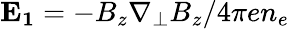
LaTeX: \mathbf{E_{1}}=-B_{z}\mathbf{\nabla_{\bot}}B_{z}/4\pi en_{e}